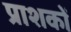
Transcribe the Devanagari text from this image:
प्राशकों